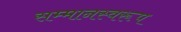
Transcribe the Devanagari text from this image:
सम्‍मानस्‍वरूप